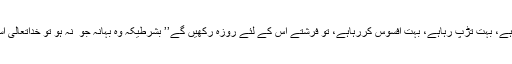
فرمایا اس کا دل اس بات کے لئے گریاں ہے، بہت تڑپ رہاہے، بہت افسوس کررہاہے، تو فرشتے اس کے لئے روزہ رکھیں گے’’ بشرطیکہ وہ بہانہ جو ُ نہ ہو تو خداتعالیٰ اسے ہرگزثواب سے محروم نہ رکھے گا‘‘۔